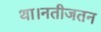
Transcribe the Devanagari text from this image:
था।नतीजतन